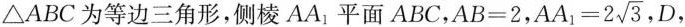
\triangle ABC为等边三角形，侧棱AA_{1}平面ABC，$$AB=2$$， $$AA_{1}=2 \sqrt{3}$$, D，